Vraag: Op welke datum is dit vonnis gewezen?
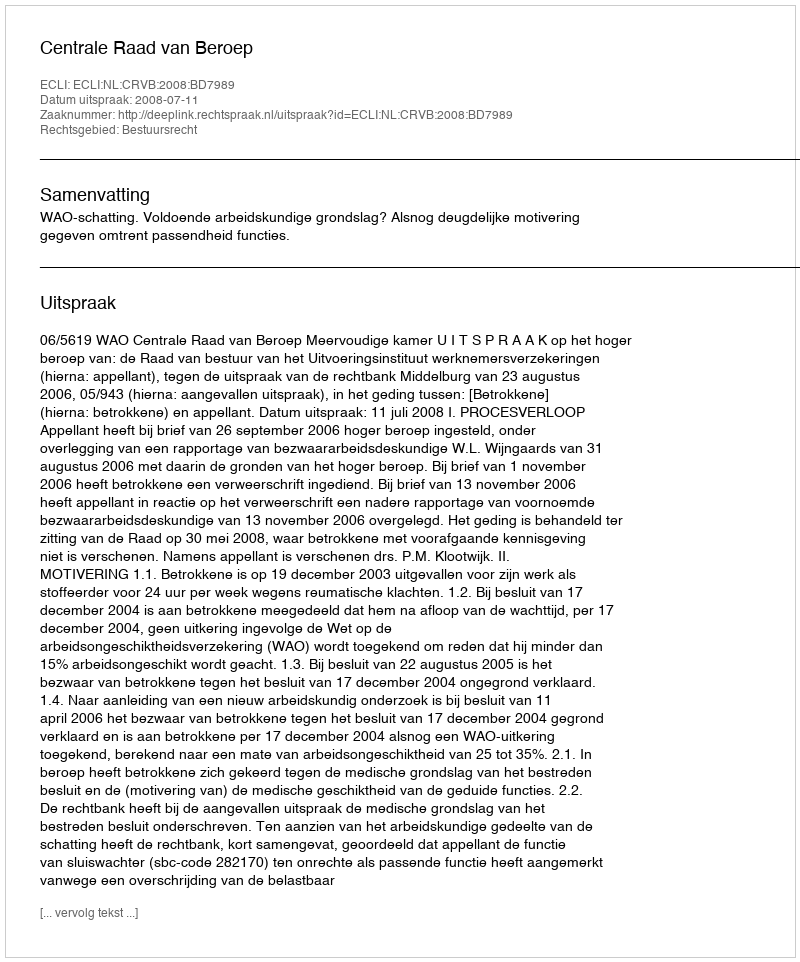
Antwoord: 2008-07-11